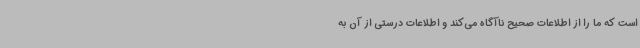
است که ما را از اطلاعات صحیح ناآگاه می‌کند و اطلاعات درستی از آن به